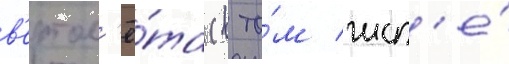
в'ертол'ё́та (в то́м числ'е́